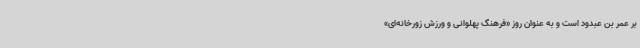
بر عمر بن عبدود است و به عنوان روز «فرهنگ پهلوانی و ورزش زورخانه‌ای»